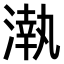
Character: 𣼳